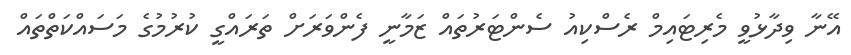
އޭނާ ވިދާޅުވީ މެރިޓައިމް ރެސްކިއު ސެންޓަރުތައް ޒަމާނީ ފެންވަރަށް ތަރައްގީ ކުރުމުގެ މަސައްކަތްތައް